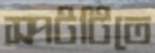
স্পটটিতে